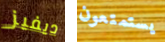
ديفيز يستمتعون